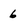
Character: 6